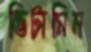
ভিটামিন